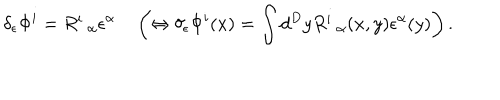
LaTeX: \delta _ { \epsilon } \Phi ^ { i } = R _ { \; \; \alpha } ^ { i } \epsilon ^ { \alpha } \quad \left( \Leftrightarrow \delta _ { \epsilon } \Phi ^ { i } ( x ) = \int d ^ { D } y R _ { \; \; \alpha } ^ { i } ( x , y ) \epsilon ^ { \alpha } ( y ) \right) .